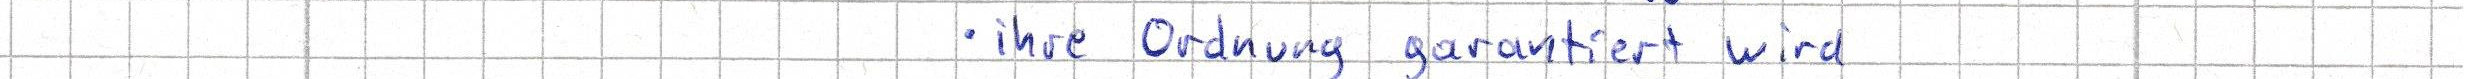
- ihre Ordnung garantiert wird